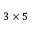
3 \times 5